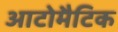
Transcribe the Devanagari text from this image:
आटोमैटिक